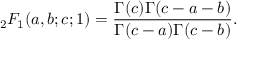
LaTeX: { } _ { 2 } F _ { 1 } ( a , b ; c ; 1 ) = \frac { \Gamma ( c ) \Gamma ( c - a - b ) } { \Gamma ( c - a ) \Gamma ( c - b ) } .